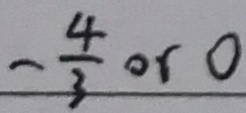
- \frac { 4 } { 3 } o r 0